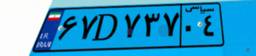
۶۷D۷۳۷۰۴